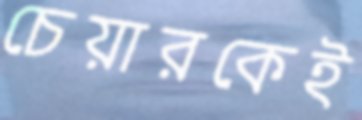
চেয়ারকেই